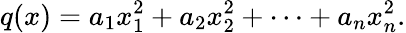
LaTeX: q(x)=a_{1}x_{1}^{2}+a_{2}x_{2}^{2}+\cdots+a_{n}x_{n}^{2}.